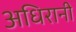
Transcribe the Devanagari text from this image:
अधिरानी